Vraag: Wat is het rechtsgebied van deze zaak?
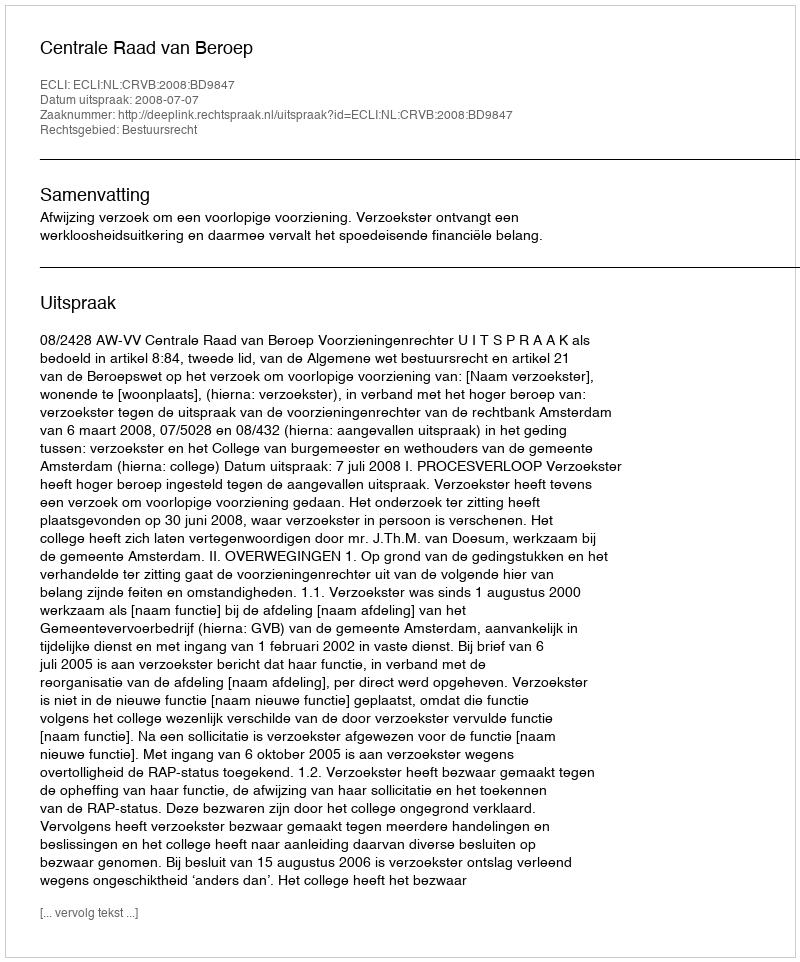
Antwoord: Bestuursrecht